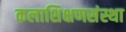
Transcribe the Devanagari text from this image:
कलाशिक्षणसंस्था